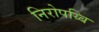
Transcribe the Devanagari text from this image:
निरोपय्बि